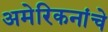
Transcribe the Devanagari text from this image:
अमेरिकनांचे